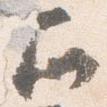
召